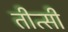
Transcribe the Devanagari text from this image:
तीत्सी